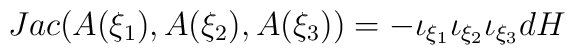
Jac ( A(\xi_1),A(\xi_2),A(\xi_3))=  - \iota_{\xi_1 }\iota_{\xi_2 }\iota_{\xi_3 }d H